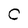
Character: C